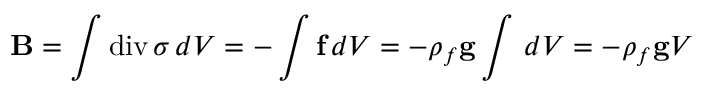
\mathbf { B } = \int \operatorname { d i v } \sigma \, d V = - \int \mathbf { f } \, d V = - \rho _ { f } \mathbf { g } \int \, d V = - \rho _ { f } \mathbf { g } V